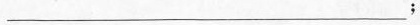
___；